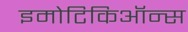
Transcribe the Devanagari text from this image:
इमोटिकिऑन्स